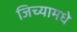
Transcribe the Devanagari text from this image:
जिच्यामधे